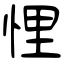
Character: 悝